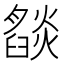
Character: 𬋓